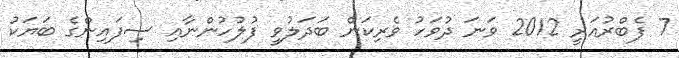
7 ފެބްރުއަރީ 2012 ވަނަ ދުވަހު ވެރިކަން ބަދަލުވީ ފުލުހުންނާއި ސިފައިންގެ ބަޔަކު